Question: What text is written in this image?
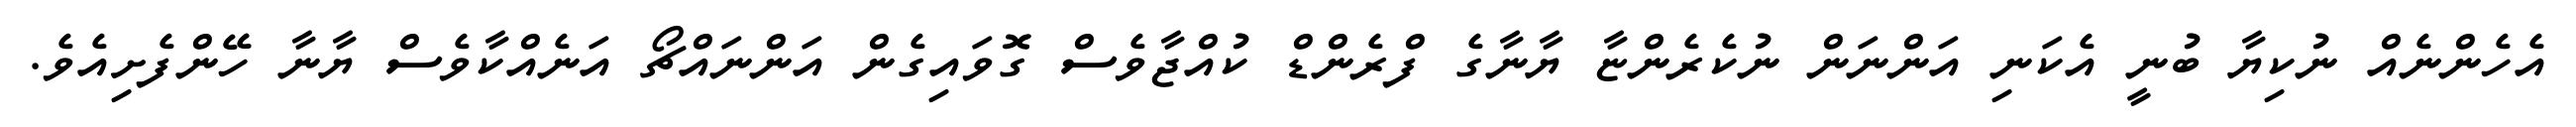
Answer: އެހެންނެއް ނުކިޔާ ބުނީ އެކަނި އަންނަން ނުކެރެންޏާ ޔާނާގެ ފްރެންޑް ކުއްޖާވެސް ގޮވައިގެން އަންނައްޗޯ އަނެއްކާވެސް ޔާނާ ހޭންފެށިއެވެ.